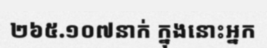
២៦៥.១០៧នាក់ ក្នុងនោះអ្នក